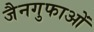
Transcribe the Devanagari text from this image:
जैनगुफाओं